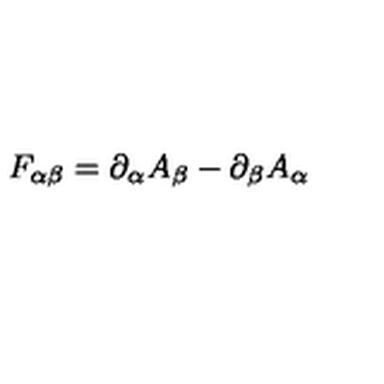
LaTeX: F _ { \alpha \beta } = \partial _ { \alpha } A _ { \beta } - \partial _ { \beta } A _ { \alpha }